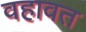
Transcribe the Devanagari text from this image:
वहावत